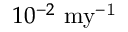
1 0 ^ { - 2 } \ \mathrm { m y ^ { - 1 } }